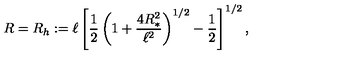
R = R _ { h } : = \ell \left[ \frac { 1 } { 2 } \left( 1 + \frac { 4 R _ { * } ^ { 2 } } { \ell ^ { 2 } } \right) ^ { 1 / 2 } - \frac { 1 } { 2 } \right] ^ { 1 / 2 } ,